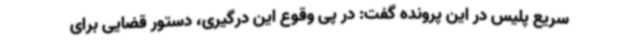
سریع پلیس در این پرونده گفت: در پی وقوع این درگیری، دستور قضایی برای